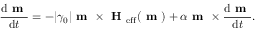
\frac { \mathrm { d } \textbf { m } } { \mathrm { d } t } = - | \gamma _ { 0 } | \textbf { m } \times \textbf { H } _ { \mathrm { e f f } } ( \textbf { m } ) + \alpha \textbf { m } \times \frac { \mathrm { d } \textbf { m } } { \mathrm { d } t } .